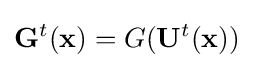
\mathbf {G} ^{t}(\mathbf {x} )=G(\mathbf {U} ^{t}(\mathbf {x} ))